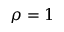
\rho = 1